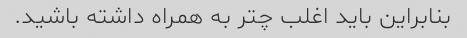
بنابراین باید اغلب چتر به همراه داشته باشید.